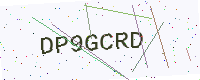
Text: DP9GCRD